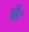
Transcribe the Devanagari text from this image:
सें॰